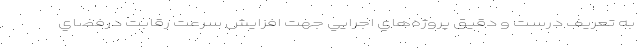
به تعريف درست و دقيق پروژه‌هاي اجرايي جهت افزايش سرعت رقابت درفضاي